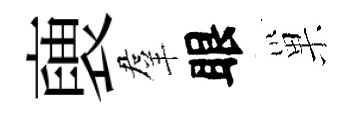
褏羣眼巢